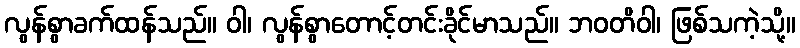
လွန်စွာခက်ထန်သည်။ ဝါ၊ လွန်စွာတောင့်တင်းခိုင်မာသည်။ ဘဝတိဝါ၊ ဖြစ်သကဲ့သို့။